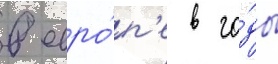
в евро́п'е в го́ды